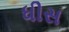
ધીસ